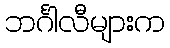
ဘင်္ဂါလီများက